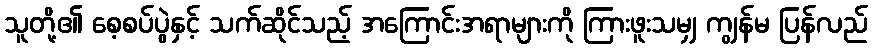
သူတို့၏ စေ့စပ်ပွဲနှင့် သက်ဆိုင်သည့် အကြောင်းအရာများကို ကြားဖူးသမျှ ကျွန်မ ပြန်လည်